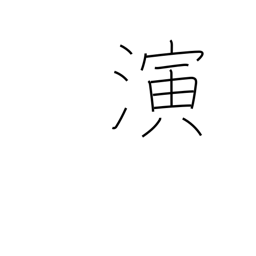
Meaning: act